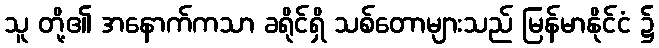
သူ တို့၏ အနောက်ကသာ ခရိုင်ရှိ သစ်တောများသည် မြန်မာနိုင်ငံ ၌